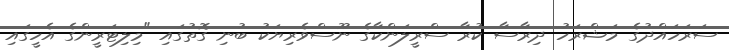
ސަރަހައްދުގެ މަޝްރަހު ދިރާސާ ކުރާ ސްރީލަންކާގެ ނޫސްވެރިޔަކު ބުނި ގޮތުގައި "މިލިޓަރީންގެ އެހީގައި